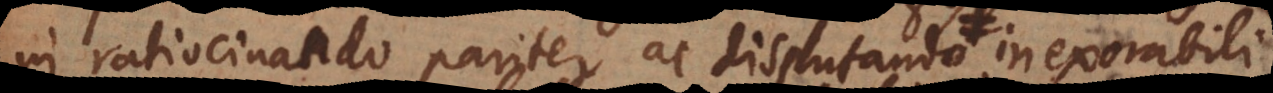
in ratiocinando pariter ac disputando inexorabili